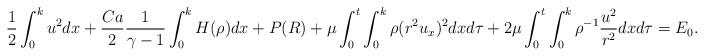
LaTeX: \begin{align*}\frac{1}{2}\int_0^ku^2dx+\frac{Ca}{2}\frac{1}{\gamma-1}\int_0^kH(\rho)dx+P(R)+\mu\int_0^t\int_0^k\rho(r^2u_x)^2dxd\tau+2\mu\int_0^t\int_0^k\rho^{-1}\frac{u^2}{r^2}dxd\tau=E_0.\end{align*}